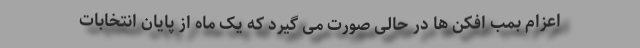
اعزام بمب افکن ها در حالی صورت می گیرد که یک ماه از پایان انتخابات